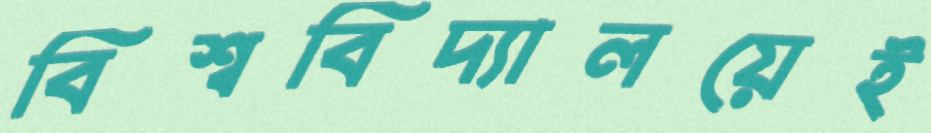
বিশ্ববিদ্যালয়েই